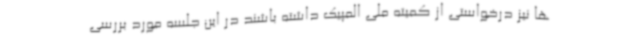
ها نیز درخواستی از کمیته ملی المپیک داشته باشند در این جلسه مورد بررسی